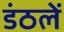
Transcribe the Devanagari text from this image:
डंठलें